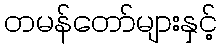
တမန်တော်များနှင့်